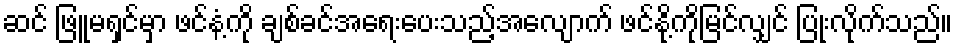
ဆင် ဖြူမရှင်မှာ ဖင်နံ့ကို ချစ်ခင်အရေးပေးသည့်အလျောက် ဖင်နို့ကိုမြင်လျှင် ပြုံးလိုက်သည်။